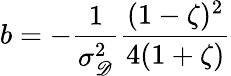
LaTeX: b=-\frac{1}{\sigma_{\mathscr D}^{2}}\frac{(1-\zeta)^{2}}{4(1+\zeta)}